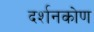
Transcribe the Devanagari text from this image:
दर्शनकोण